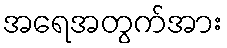
အရေအတွက်အား